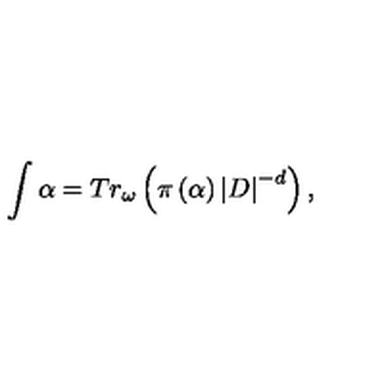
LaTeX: \int \alpha = T r _ { \omega } \left( \pi \left( \alpha \right) \left| D \right| ^ { - d } \right) ,